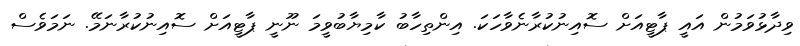
ވިދާޅުވަމުން އައީ ޕާޓީއަށް ސޮއިނުކުރާނެވާހަކަ. އިންތިހާބު ކާމިޔާބުވީމަ ނޫނީ ޕާޓީއަށް ސޮއިނުކުރާނަމޭ. ނަމަވެސް